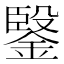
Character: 𲇔